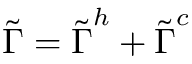
\boldsymbol { \tilde { \Gamma } } = \boldsymbol { \tilde { \Gamma } } ^ { h } + \boldsymbol { \tilde { \Gamma } } ^ { c }